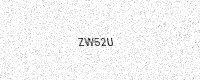
Text: ZW52U